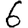
Digit: 6